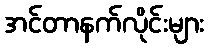
အင်တာနက်လိုင်းများ